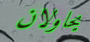
يحاولان